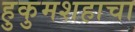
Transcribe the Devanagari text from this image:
हुकुमशहाचा